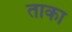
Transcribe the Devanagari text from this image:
ताका